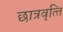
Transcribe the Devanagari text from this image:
छात्रवृत्‍ति